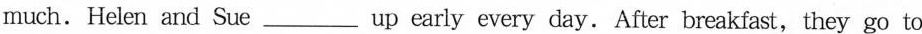
much.Helen and Sue___up early every day. After breakfast, they go to